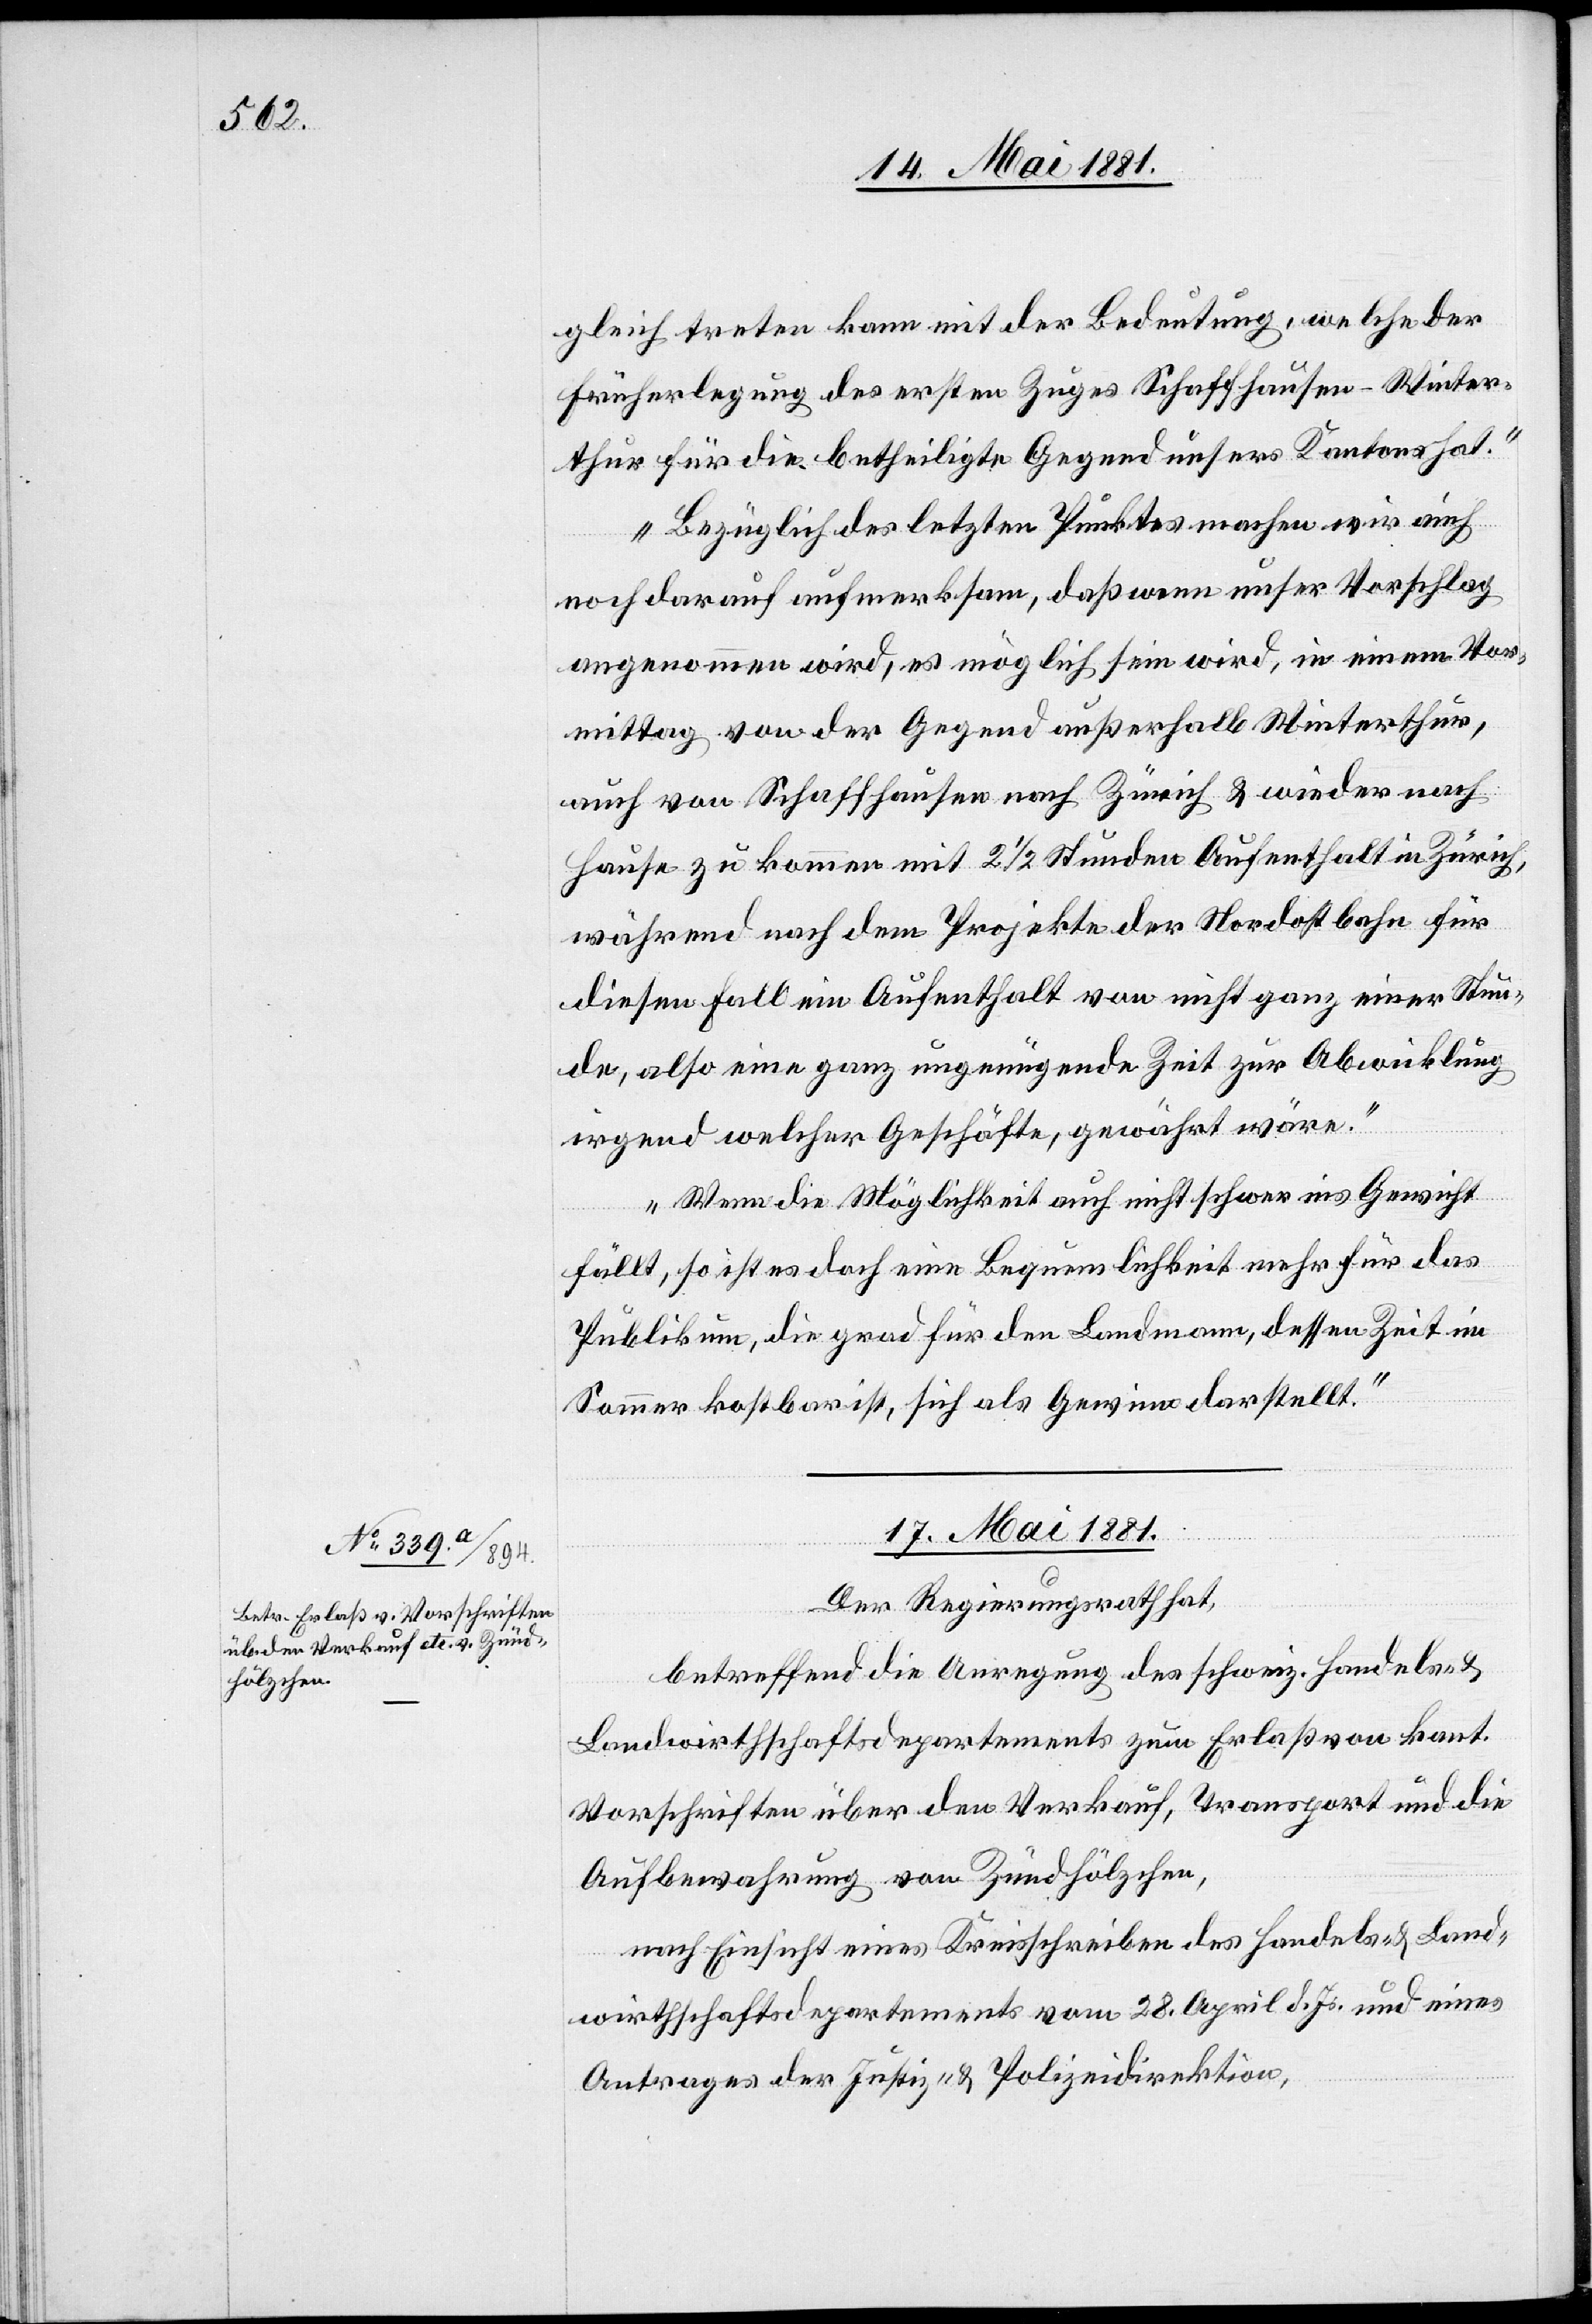
gleich treten kann mit der Bedeutung, welche der
Früherlegung des ersten Zuges Schaffhausen–Winter¬
thur für die betheiligte Gegend unsers Kantons hat.
Bezüglich des letzten Punktes machen wir auch
noch darauf aufmerksam, daß wenn unser Vorschlag
angenommen wird, es möglich sein wird, in einem Vor¬
mittag von der Gegend außerhalb Winterthur,
auch von Schaffhausen nach Zürich & wieder nach
Hause zu kommen mit 2 1/2 Stunden Aufenthalt in Zürich,
während nach dem Projekte der Nordostbahn für
diesen Fall ein Aufenthalt von nicht ganz einer Stun¬
de, also eine ganz ungenügende Zeit zur Abwicklung
irgend welcher Geschäfte, gewährt wäre.
Wenn die Möglichkeit auch nicht schwer ins Gewicht
fällt, so ist es doch eine Bequemlichkeit mehr für das
Publikum, die grad für den Landmann, dessen Zeit im
Sommer kostbar ist, sich als Gewinn darstellt.“
17. Mai 1881
Der Regierungsrath,
betreffend die Anregung des schweiz. Handels- &
Landwirthschaftsdepartements zum Erlaß von kant.
Vorschriften über den Verkauf, Transport und die
Aufbewahrung von Zündhölzchen,
nach Einsicht eines Kreisschreiben des Handels- & Land¬
wirthschaftsdepartements vom 28. April d. Js. und eines
Antrages der Justiz- & Polizeidirektion,